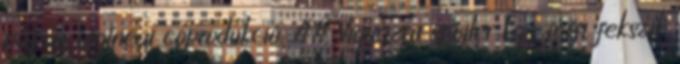
pápua újgíneai coprodukció. ## Vigyázat spojler Egy férfi fekszik